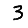
Digit: 3